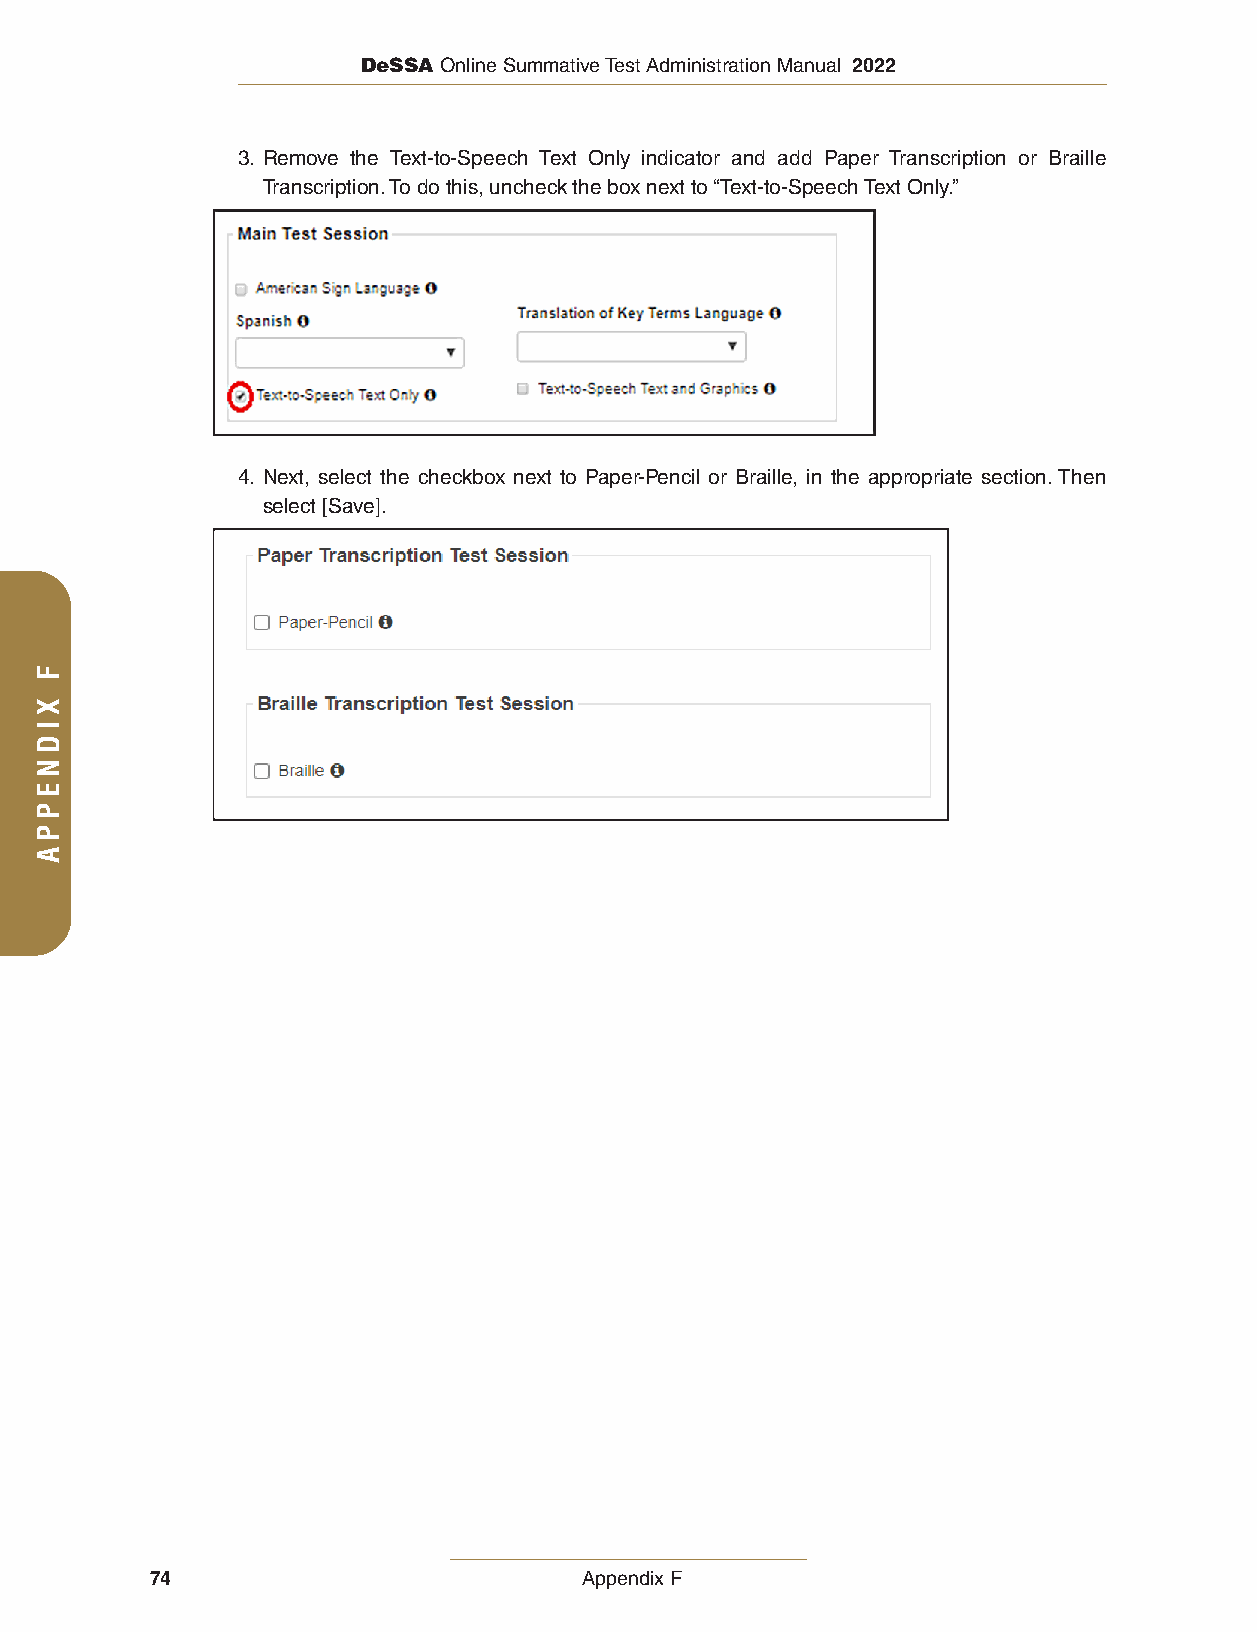
DeSSA Online Summative Test Administration Manual 2022
 3. Remove the Text-to-Speech Text Only indicator and add Paper Transcription or Braille
 Transcription. To do this, uncheck the box next to “Text-to-Speech Text Only.”
 4. Next, select the checkbox next to Paper-Pencil or Braille, in the appropriate section. Then
 select [Save].
 74                          Appendix F
 F
 XIDNEPPA